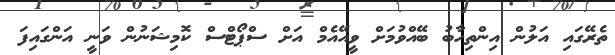
ތެރޭގައި އަލުން އިންތިހާބު ބޭއްވުމަށް ވީއޭއެމް އަށް ސްޕޯޓްސް ކޮމިޝަނުން ވަނީ އަންގައިފަ